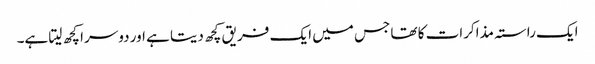
ایک راستہ مذاکرات کا تھا جس میں ایک فریق کچھ دیتا ہے اور دوسرا کچھ لیتا ہے۔